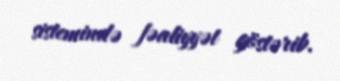
sistemində fəaliyyət göstərib.